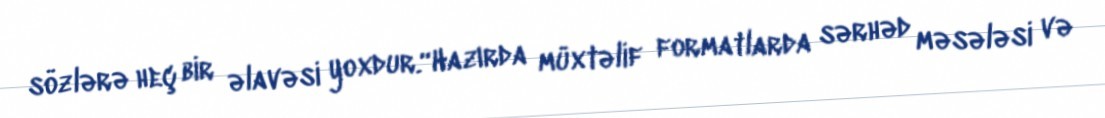
sözlərə heç bir əlavəsi yoxdur.“Hazırda müxtəlif formatlarda sərhəd məsələsi və